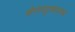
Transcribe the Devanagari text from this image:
श्रीरंगपट्टणमजवळ